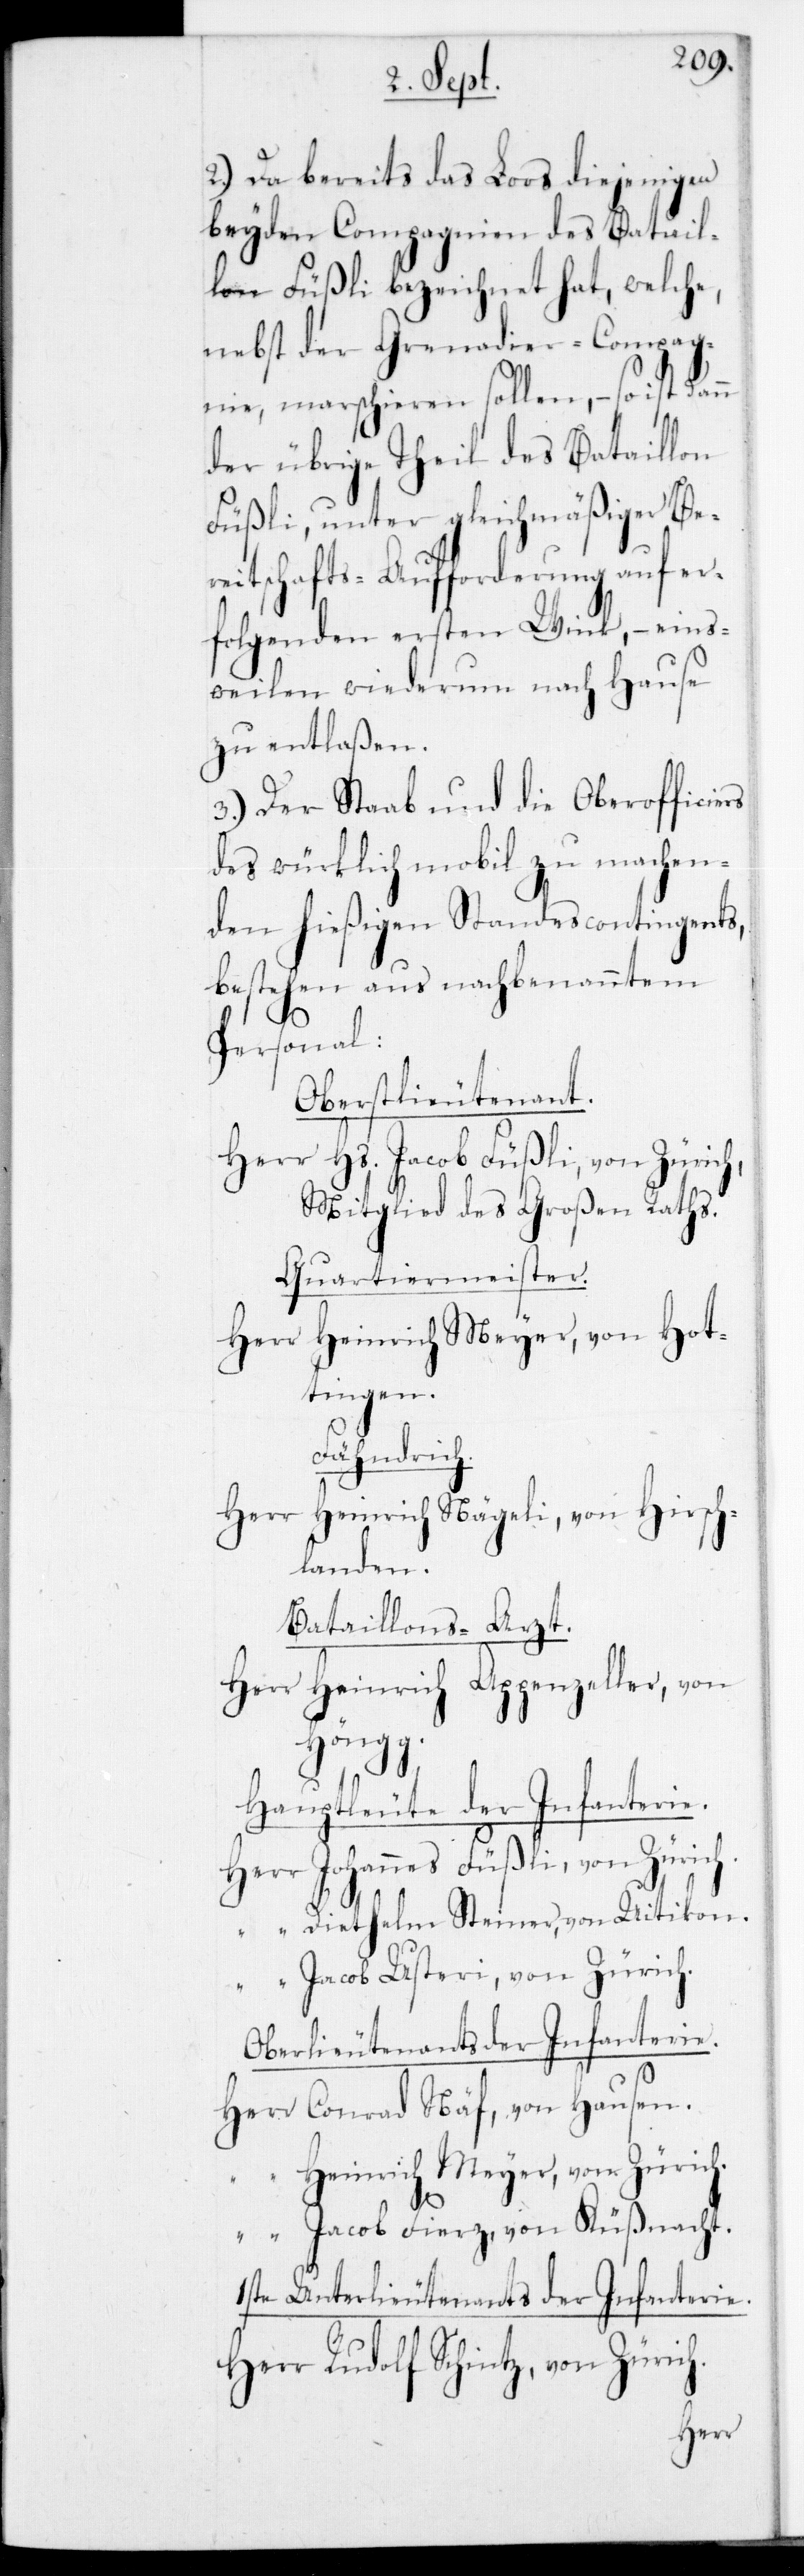
2.) Da bereits das Loos diejenigen
beyden Compagnien des Batail¬
lon Füßli bezeichnet hat, welche,
nebst der Grenadier-Compag¬
nie, marschieren sollen, – so ist dann
der übrige Theil des Bataillon
Füßli, unter gleichmäßiger Ber¬
eitschafts-Aufforderung auf er¬
folgenden ersten Wink, – einst¬
weilen wiederum nach Hause
zu entlaßen.
3.) Der Staab und die Oberofficiers
des würklich mobil zu machen¬
den hießigen Standescontingents,
bestehen aus nachbenanntem
Personal:
Oberstlieutenant.
Herr Hs. Jacob Füßli, von Zürich,
Mitglied des Großen Raths.
Quartiermeister.
Herr Heinrich Meyer, von Hot¬
tingen.
Fähndrich.
Herr Heinrich Nägeli, von Hirsc¬
hlanden.
Bataillons-Arzt.
Herr Heinrich Appenzeller, von
Höngg.
Hauptleute der Infanterie.
Herr Johannes Füßli, von Zürich
“ Diethelm Steiner, von Uitikon.
“ Jacob Usteri, von Zürich.
Oberlieutenants der Infanterie.
Herr Conrad Näf, von Hausen.
Heinrich Meyer, von Zürich.
“ Jacob Fierz, von Küßnacht.
1ste Unterlieutenants der Infanterie.
Herr Rudolf Schintz, von Zürich.